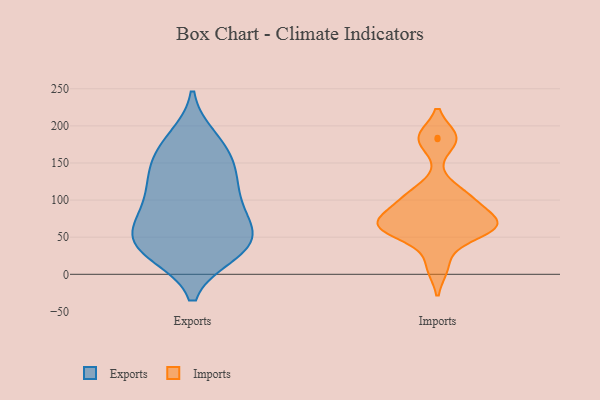
{"axis": {"x": "Active Users", "y": "Value"}, "legend": ["Exports", "Imports"], "data": [{"x": "", "y": 100, "type": "Exports"}, {"x": "", "y": 42, "type": "Exports"}, {"x": "", "y": 35, "type": "Exports"}, {"x": "", "y": 85, "type": "Exports"}, {"x": "", "y": 144, "type": "Exports"}, {"x": "", "y": 54, "type": "Exports"}, {"x": "", "y": 29, "type": "Exports"}, {"x": "", "y": 36, "type": "Exports"}, {"x": "", "y": 183, "type": "Exports"}, {"x": "", "y": 166, "type": "Exports"}, {"x": "", "y": 175, "type": "Exports"}, {"x": "", "y": 64, "type": "Exports"}, {"x": "", "y": 56, "type": "Exports"}, {"x": "", "y": 138, "type": "Exports"}, {"x": "", "y": 129, "type": "Exports"}, {"x": "", "y": 116, "type": "Exports"}, {"x": "", "y": 85, "type": "Exports"}, {"x": "", "y": 28, "type": "Exports"}, {"x": "", "y": 64, "type": "Imports"}, {"x": "", "y": 51, "type": "Imports"}, {"x": "", "y": 98, "type": "Imports"}, {"x": "", "y": 182, "type": "Imports"}, {"x": "", "y": 112, "type": "Imports"}, {"x": "", "y": 99, "type": "Imports"}, {"x": "", "y": 67, "type": "Imports"}, {"x": "", "y": 69, "type": "Imports"}, {"x": "", "y": 184, "type": "Imports"}, {"x": "", "y": 70, "type": "Imports"}, {"x": "", "y": 10, "type": "Imports"}, {"x": "", "y": 66, "type": "Imports"}]}